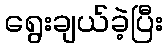
ရွေးချယ်ခဲ့ပြီး